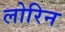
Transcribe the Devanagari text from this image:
लोरिन